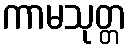
ကာမသုတ္တ